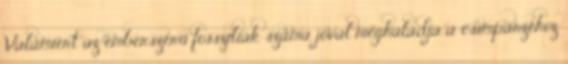
Valamiért az emberszerű fosszíliák száma jóval meghaladja a csimpánzéhoz